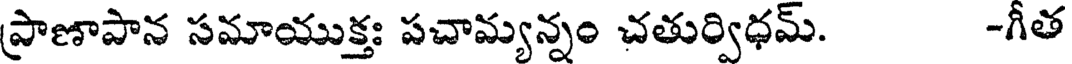
ప్రాణాపాన సమాయుక్తః పచామ్యన్నం చతుర్విధమ్. -గీత